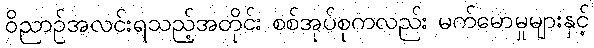
ဝိညာဉ်အလင်းရသည့်အတိုင်း စစ်အုပ်စုကလည်း မက်မောမှုများနှင့်